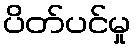
ပိတ်ပင်မှု